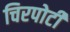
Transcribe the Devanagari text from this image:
चिरपोटी